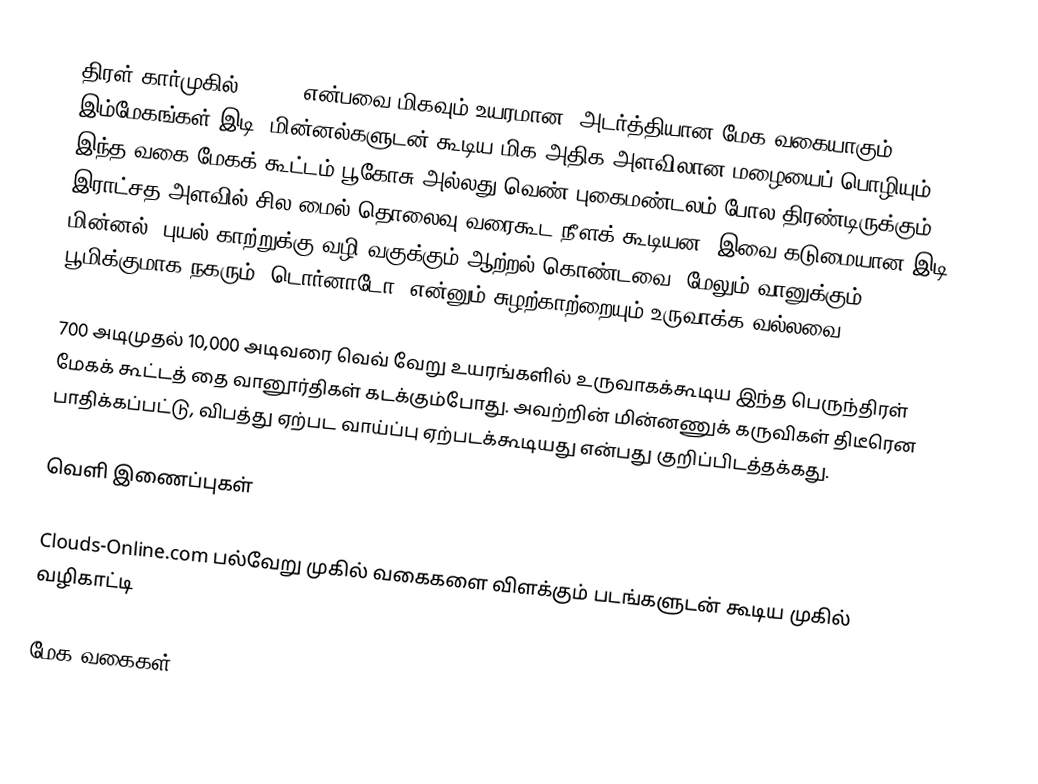
திரள் கார்முகில் ((Cb)) என்பவை மிகவும் உயரமான, அடர்த்தியான மேக வகையாகும். இம்மேகங்கள் இடி, மின்னல்களுடன் கூடிய மிக அதிக அளவிலான மழையைப் பொழியும். இந்த வகை மேகக் கூட்டம் பூகோசு அல்லது வெண் புகைமண்டலம் போல திரண்டிருக்கும். இராட்சத அளவில் சில மைல் தொலைவு வரைகூட நீளக் கூடியன. இவை கடுமையான இடி, மின்னல், புயல் காற்றுக்கு வழி வகுக்கும் ஆற்றல் கொண்டவை. மேலும் வானுக்கும் பூமிக்குமாக நகரும் ‘டொர்னாடோ’ என்னும் சுழற்காற்றையும் உருவாக்க வல்லவை.

700 அடிமுதல் 10,000 அடிவரை வெவ் வேறு உயரங்களில் உருவாகக்கூடிய இந்த பெருந்திரள் மேகக் கூட்டத் தை வானூர்திகள் கடக்கும்போது. அவற்றின் மின்னணுக் கருவிகள் திடீரென பாதிக்கப்பட்டு, விபத்து ஏற்பட வாய்ப்பு ஏற்படக்கூடியது என்பது குறிப்பிடத்தக்கது.

வெளி இணைப்புகள்

 Clouds-Online.com பல்வேறு முகில் வகைகளை விளக்கும் படங்களுடன் கூடிய முகில் வழிகாட்டி

மேக வகைகள்